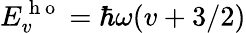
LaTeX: E_{v}^{\mathrm{~h~o~}}=\hbar\omega(v+3/2)